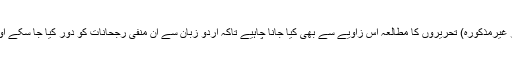
میں ان کی اس بات سے سو فیصد متفق ہوں اور یہ سمجھتا ہوں کہ ان تمام مذکورہ (اور غیرمذکورہ) تحریروں کا مطالعہ اس زاویے سے بھی کیا جانا چاہیے تاکہ اُردو زبان سے ان منفی رجحانات کو دور کیا جا سکے اور اُردو کے لکھنے اور پڑھنے والوں کو ان امور کے بارے میں حسّاس بنایا جا سکے۔